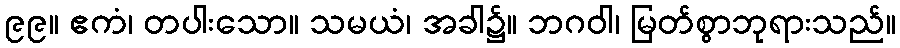
၉၉။ ဧကံ၊ တပါးသော။ သမယံ၊ အခါ၌။ ဘဂဝါ၊ မြတ်စွာဘုရားသည်။